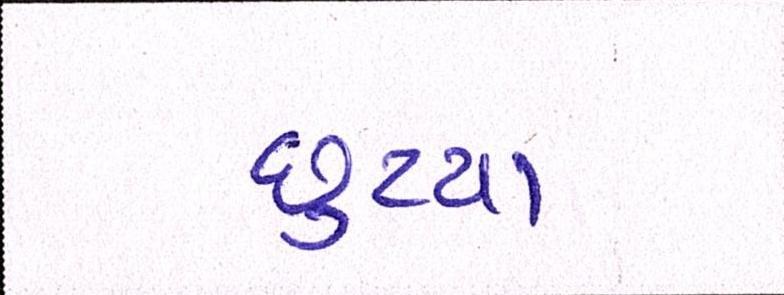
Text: છુટયા